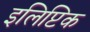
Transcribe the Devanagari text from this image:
इलिप्टिक